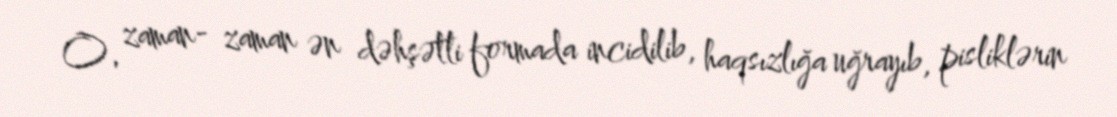
O, zaman- zaman ən dəhşətli formada incidilib, haqsızlığa uğrayıb, pisliklərin